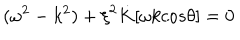
LaTeX: ( { \omega } ^ { 2 } - k ^ { 2 } ) + { \xi } ^ { 2 } \dot { K } [ { \omega } k c o s { \theta } ] = 0